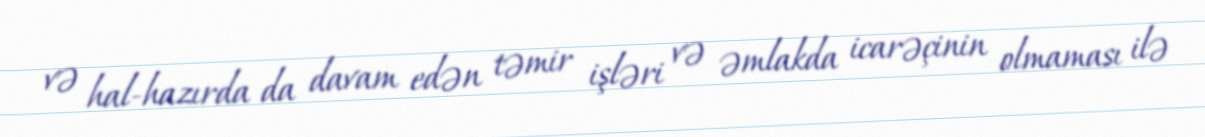
və hal-hazırda da davam edən təmir işləri və əmlakda icarəçinin olmaması ilə